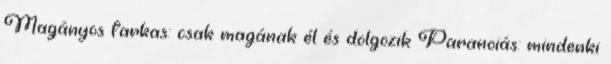
Magányos farkas: csak magának él és dolgozik Paranoiás: mindenki